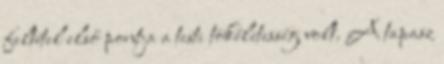
feltétel első pontja a testi tökéletesség volt. A tapasz